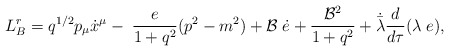
\begin{align*}L_{B}^{r}= q^{1/2} p_{\mu} \dot x^{\mu} - \; \frac{e}{1+ q^2} (p^2-m^2)+ {\cal B}\;\dot e +\frac{{\cal B}^2}{1+q^2} + \dot {\bar \lambda}\frac{d}{d\tau} (\lambda\;e),\end{align*}